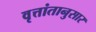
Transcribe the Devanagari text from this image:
वृत्तांतानुसार